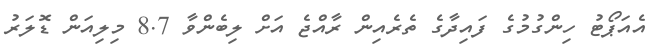
އެއަޕޯޓު ހިންގުމުގެ ފައިދާގެ ތެރެއިން ރާއްޖެ އަށް ލިބެންވާ 8.7 މިލިއަން ޑޮލަރު